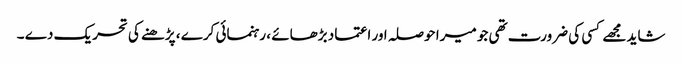
شاید مجھے کسی کی ضرورت تھی جو میرا حوصلہ اور اعتماد بڑھائے ، رہنمائی کرے ، پڑھنے کی تحریک دے ۔